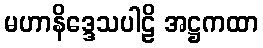
မဟာနိဒ္ဒေသပါဠိ အဋ္ဌကထာ